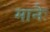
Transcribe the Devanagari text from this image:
मानैः